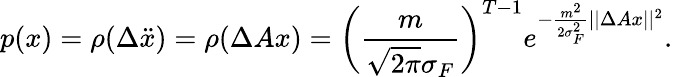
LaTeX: p(x)=\rho(\Delta\ddot{x})=\rho(\Delta Ax)=\bigg(\frac{m}{\sqrt{2\pi}\sigma_{F}}\bigg)^{T-1}e^{-\frac{m^{2}}{2\sigma_{F}^{2}}||\Delta Ax||^{2}}.